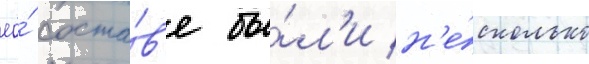
ео́ соста́в'е бы́л'и н'е́сколько